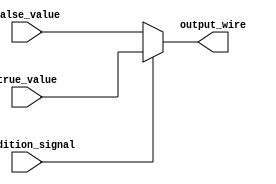
module conditional_assignment (
    input wire condition_signal,  // Condition signal
    input wire true_value,        // Value assigned when condition is true
    input wire false_value,       // Value assigned when condition is false
    output wire output_wire       // Output wire reflecting the result
);

// Continuous assignment using the ternary operator
assign output_wire = condition_signal ? true_value : false_value;

endmodule